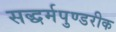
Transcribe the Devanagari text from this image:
सद्धर्मपुण्डरीक